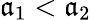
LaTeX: \mathfrak{a}_{1}<\mathfrak{a}_{2}